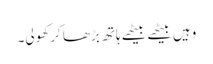
وہیں بیٹھے بیٹھے ہاتھ بڑھا کر کھولی۔